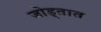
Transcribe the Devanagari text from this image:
जोड्तात